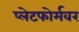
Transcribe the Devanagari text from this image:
प्लेटफोर्मवर